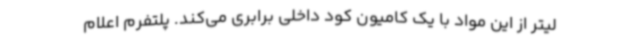
لیتر از این مواد با یک کامیون کود داخلی برابری می‌کند. پلتفرم اعلام